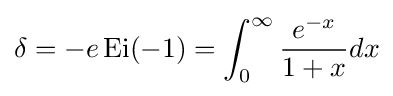
\delta =-e\operatorname {Ei} (-1)=\int _{0}^{\infty }{\frac {e^{-x}}{1+x}}dx